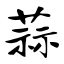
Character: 蒜